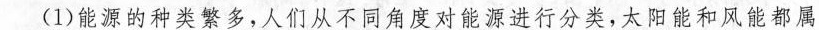
(1)能源的种类繁多，人们从不同角度对能源进行分类，太阳能和风能都属